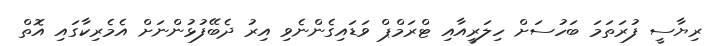
ރިޔާސީ ފުރަތަމަ ބަހުސަށް ހިލަރީއާއި ޓްރަމްޕް ވަޑައިގެންނެވި އިރު ދެބޭފުޅުންނަށް އެމެރިކާގައި އޮތް